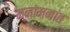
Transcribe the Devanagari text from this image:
मनांमनांत